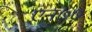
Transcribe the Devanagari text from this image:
एन७७